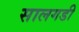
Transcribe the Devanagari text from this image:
सालगडी